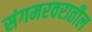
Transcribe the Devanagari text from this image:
संगमरवरातील